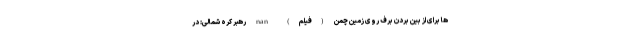
ها برای از بین بردن برف روی زمین چمن (فیلم) nan رهبر کره ‌شمالی: در